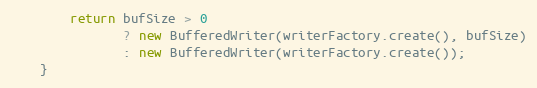
Language: Java
        return bufSize > 0
               ? new BufferedWriter(writerFactory.create(), bufSize)
               : new BufferedWriter(writerFactory.create());
    }